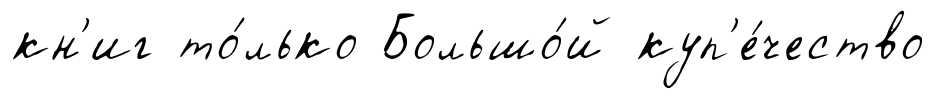
кн'иг то́лько Большо́й куп'е́чество